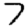
Digit: 7